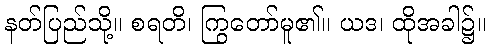
နတ်ပြည်သို့။ စရတိ၊ ကြွတော်မူ၏။ ယဒ၊ ထိုအခါ၌။